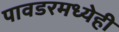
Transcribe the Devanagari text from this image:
पावडरमध्येही